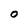
Character: O